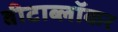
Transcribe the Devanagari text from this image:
बीटाब्लॉकर